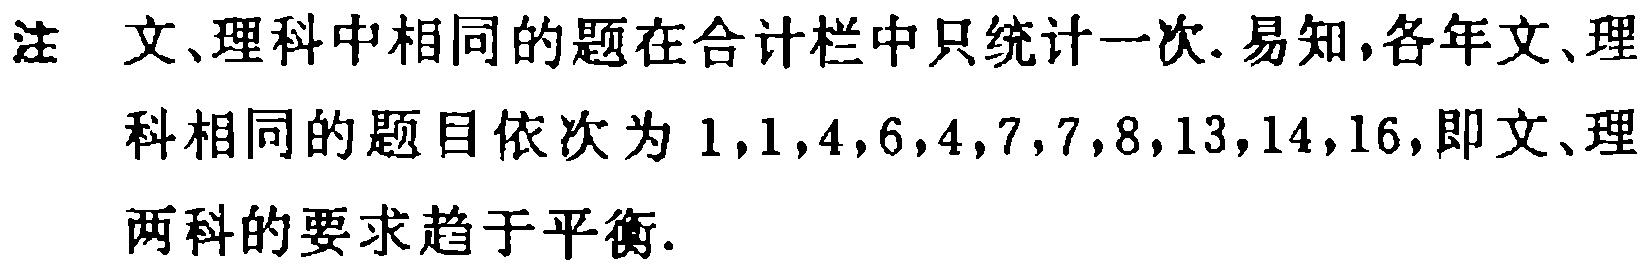
注 文、理科中相同的题在合计栏中只统计一次. 易知,各年文、理科相同的题目依次为 \(1,1,4,6,4,7,7,8,13,14,16\),即文、理两科的要求趋于平衡.